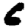
Digit: 6